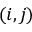
( i , j )